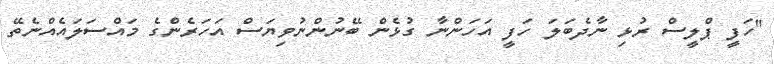
"ހަފީ ޕްލީސް ރުޅި ނާދެބަލަ ހަފީ އަހަންނާ ގުޅެން ބޭނުންނުވިޔަސް އަހަރެންގެ މައްސަލައެއްނެތޭ